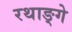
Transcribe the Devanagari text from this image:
रथाङ्गे